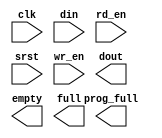
module read_history_fifo(
	clk,
	din,
	rd_en,
	srst,
	wr_en,
	dout,
	empty,
	full,
	prog_full);


input clk;
input [0 : 0] din;
input rd_en;
input srst;
input wr_en;
output [0 : 0] dout;
output empty;
output full;
output prog_full;

// synthesis translate_off

      FIFO_GENERATOR_V4_4 #(
		.C_COMMON_CLOCK(1),
		.C_COUNT_TYPE(0),
		.C_DATA_COUNT_WIDTH(11),
		.C_DEFAULT_VALUE("BlankString"),
		.C_DIN_WIDTH(1),
		.C_DOUT_RST_VAL("0"),
		.C_DOUT_WIDTH(1),
		.C_ENABLE_RLOCS(0),
		.C_FAMILY("virtex5"),
		.C_FULL_FLAGS_RST_VAL(0),
		.C_HAS_ALMOST_EMPTY(0),
		.C_HAS_ALMOST_FULL(0),
		.C_HAS_BACKUP(0),
		.C_HAS_DATA_COUNT(0),
		.C_HAS_INT_CLK(0),
		.C_HAS_MEMINIT_FILE(0),
		.C_HAS_OVERFLOW(0),
		.C_HAS_RD_DATA_COUNT(0),
		.C_HAS_RD_RST(0),
		.C_HAS_RST(0),
		.C_HAS_SRST(1),
		.C_HAS_UNDERFLOW(0),
		.C_HAS_VALID(0),
		.C_HAS_WR_ACK(0),
		.C_HAS_WR_DATA_COUNT(0),
		.C_HAS_WR_RST(0),
		.C_IMPLEMENTATION_TYPE(0),
		.C_INIT_WR_PNTR_VAL(0),
		.C_MEMORY_TYPE(2),
		.C_MIF_FILE_NAME("BlankString"),
		.C_MSGON_VAL(1),
		.C_OPTIMIZATION_MODE(0),
		.C_OVERFLOW_LOW(0),
		.C_PRELOAD_LATENCY(0),
		.C_PRELOAD_REGS(1),
		.C_PRIM_FIFO_TYPE("1kx18"),
		.C_PROG_EMPTY_THRESH_ASSERT_VAL(4),
		.C_PROG_EMPTY_THRESH_NEGATE_VAL(5),
		.C_PROG_EMPTY_TYPE(0),
		.C_PROG_FULL_THRESH_ASSERT_VAL(1020),
		.C_PROG_FULL_THRESH_NEGATE_VAL(1019),
		.C_PROG_FULL_TYPE(1),
		.C_RD_DATA_COUNT_WIDTH(11),
		.C_RD_DEPTH(1024),
		.C_RD_FREQ(1),
		.C_RD_PNTR_WIDTH(10),
		.C_UNDERFLOW_LOW(0),
		.C_USE_DOUT_RST(0),
		.C_USE_ECC(0),
		.C_USE_EMBEDDED_REG(0),
		.C_USE_FIFO16_FLAGS(0),
		.C_USE_FWFT_DATA_COUNT(1),
		.C_VALID_LOW(0),
		.C_WR_ACK_LOW(0),
		.C_WR_DATA_COUNT_WIDTH(11),
		.C_WR_DEPTH(1024),
		.C_WR_FREQ(1),
		.C_WR_PNTR_WIDTH(10),
		.C_WR_RESPONSE_LATENCY(1))
	inst (
		.CLK(clk),
		.DIN(din),
		.RD_EN(rd_en),
		.SRST(srst),
		.WR_EN(wr_en),
		.DOUT(dout),
		.EMPTY(empty),
		.FULL(full),
		.PROG_FULL(prog_full),
		.INT_CLK(),
		.BACKUP(),
		.BACKUP_MARKER(),
		.PROG_EMPTY_THRESH(),
		.PROG_EMPTY_THRESH_ASSERT(),
		.PROG_EMPTY_THRESH_NEGATE(),
		.PROG_FULL_THRESH(),
		.PROG_FULL_THRESH_ASSERT(),
		.PROG_FULL_THRESH_NEGATE(),
		.RD_CLK(),
		.RD_RST(),
		.RST(),
		.WR_CLK(),
		.WR_RST(),
		.ALMOST_EMPTY(),
		.ALMOST_FULL(),
		.DATA_COUNT(),
		.OVERFLOW(),
		.PROG_EMPTY(),
		.VALID(),
		.RD_DATA_COUNT(),
		.UNDERFLOW(),
		.WR_ACK(),
		.WR_DATA_COUNT(),
		.SBITERR(),
		.DBITERR());


// synthesis translate_on

endmodule